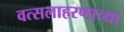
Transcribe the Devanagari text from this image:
वत्सलाहरणाच्या